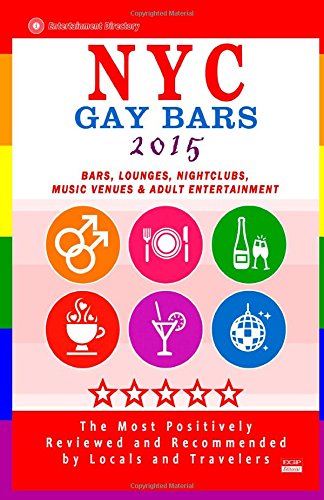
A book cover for NYC Gay Bars 2015: Bars, Nightclubs, Music Venues and Adult Entertainment in NYC (Gay City Guide 2015); Robert D. Goldstein; Gay & Lesbian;